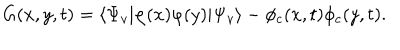
LaTeX: G ( x , y , t ) = \langle \Psi _ { v } | \varphi ( x ) \varphi ( y ) | \Psi _ { v } \rangle - \phi _ { c } ( x , t ) \phi _ { c } ( y , t ) .